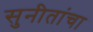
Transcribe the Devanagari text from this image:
सुनीतांचा